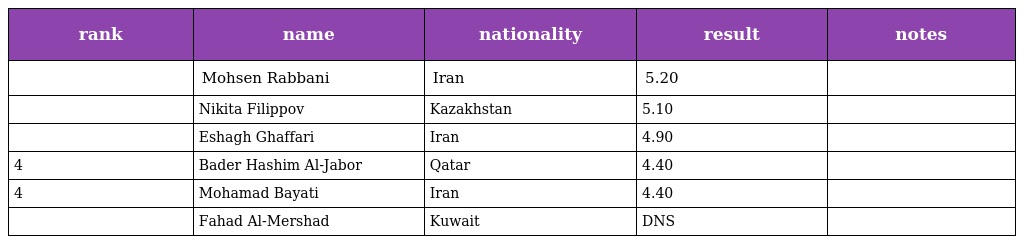
| rank | name | nationality | result | notes |
 | --- | --- | --- | --- | --- |
 |  | Mohsen Rabbani | Iran | 5.20 |  |
 |  | Nikita Filippov | Kazakhstan | 5.10 |  |
 |  | Eshagh Ghaffari | Iran | 4.90 |  |
 | 4 | Bader Hashim Al-Jabor | Qatar | 4.40 |  |
 | 4 | Mohamad Bayati | Iran | 4.40 |  |
 |  | Fahad Al-Mershad | Kuwait | DNS |  |